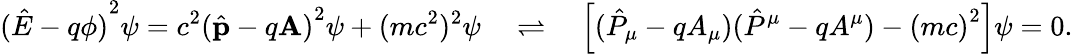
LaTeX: {({\hat{E}}-q\phi)}^{2}\psi=c^{2}{({\hat{\mathbf{p}}}-q\mathbf{A})}^{2}\psi+(mc^{2})^{2}\psi\quad\rightleftharpoons\quad\left[{({\hat{P}}_{\mu}-qA_{\mu})}{({\hat{P}}^{\mu}-qA^{\mu})}-{(mc)}^{2}\right]\psi=0.